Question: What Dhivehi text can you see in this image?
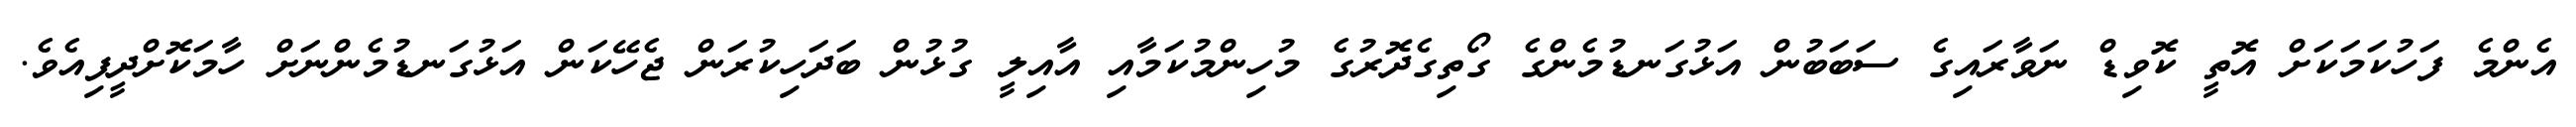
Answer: އެންމެ ފަހުކަމަކަށް އޮތީ ކޮވިޑް ނަވާރައިގެ ސަބަބުން އަޅުގަނޑުމެންގެ ގޯތިގެދޮރުގެ މުހިންމުކަމާއި އާއިލީ ގުޅުން ބަދަހިކުރަން ޖެހޭކަން އަޅުގަނޑުމެންނަށް ހާމަކޮށްދީފިއެވެ.